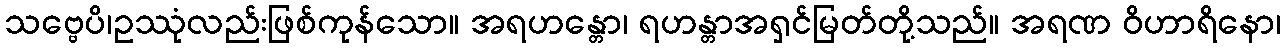
သဗ္ဗေပိ၊ဥဿုံလည်းဖြစ်ကုန်သော။ အရဟန္တော၊ ရဟန္တာအရှင်မြတ်တို့သည်။ အရဏ ဝိဟာရိနော၊